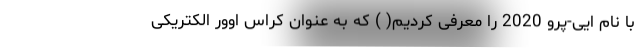
با نام ایی-پرو 2020 را معرفی کردیم( ) که به عنوان کراس اوور الکتریکی